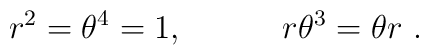
r^2 = \theta ^{4} = 1,  \quad \quad \quad r \theta^{3}= \theta r ~.